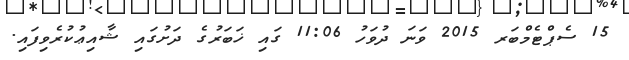
15 ސެޕްޓެމްބަރ 2015 ވަނަ ދުވަހު 11:06 ގައި ޚަބަރުގެ ދަށުގައި ޝާއިޢުކުރެވިފައި.